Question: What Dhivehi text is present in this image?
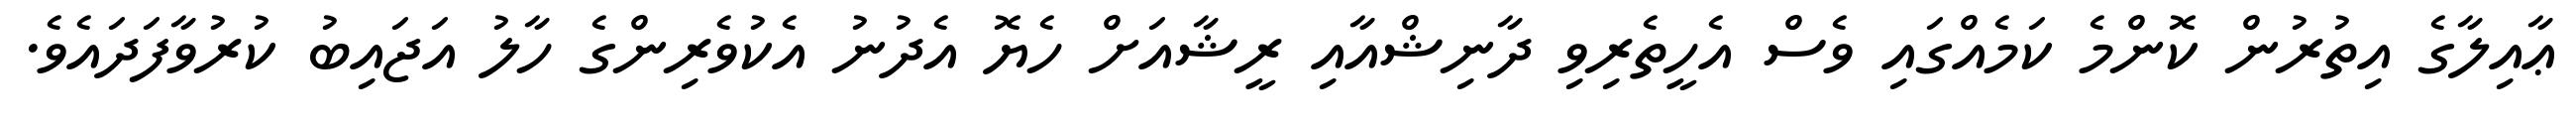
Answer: ޢާއިލާގެ އިތުރުން ކޮންމެ ކަމެއްގައި ވެސް އެހީތެރިވި ދާނިޝްއާއި ރީޝާއަށް ހެޔޮ އެދުނު އެކުވެރިންގެ ހާލު އަޖައިބު ކުރުވާފަދައެވެ.